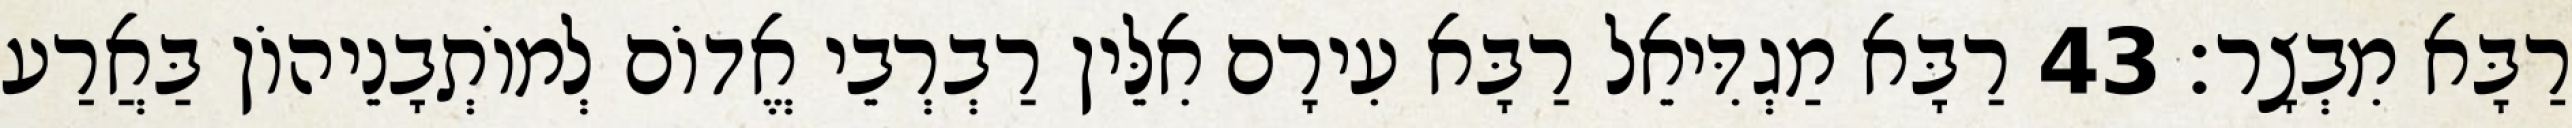
רַבָּא מִבְצָר׃ 43 רַבָּא מַגְדִּיאֵל רַבָּא עִירָם אִלֵּין רַבְרְבֵי אֱדוֹם לְמוֹתְבָנֵיהוֹן בַּאֲרַע